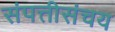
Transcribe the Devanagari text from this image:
संपत्तीसंचय